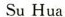
Su Hua